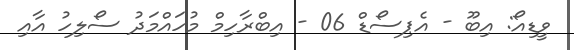
ވީޑިއޯ: އިބޫ - އެޕިސޯޑް 06 - އިބްރާހިމް މުހައްމަދު ސޯލިހު އާއި